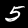
Label: 5